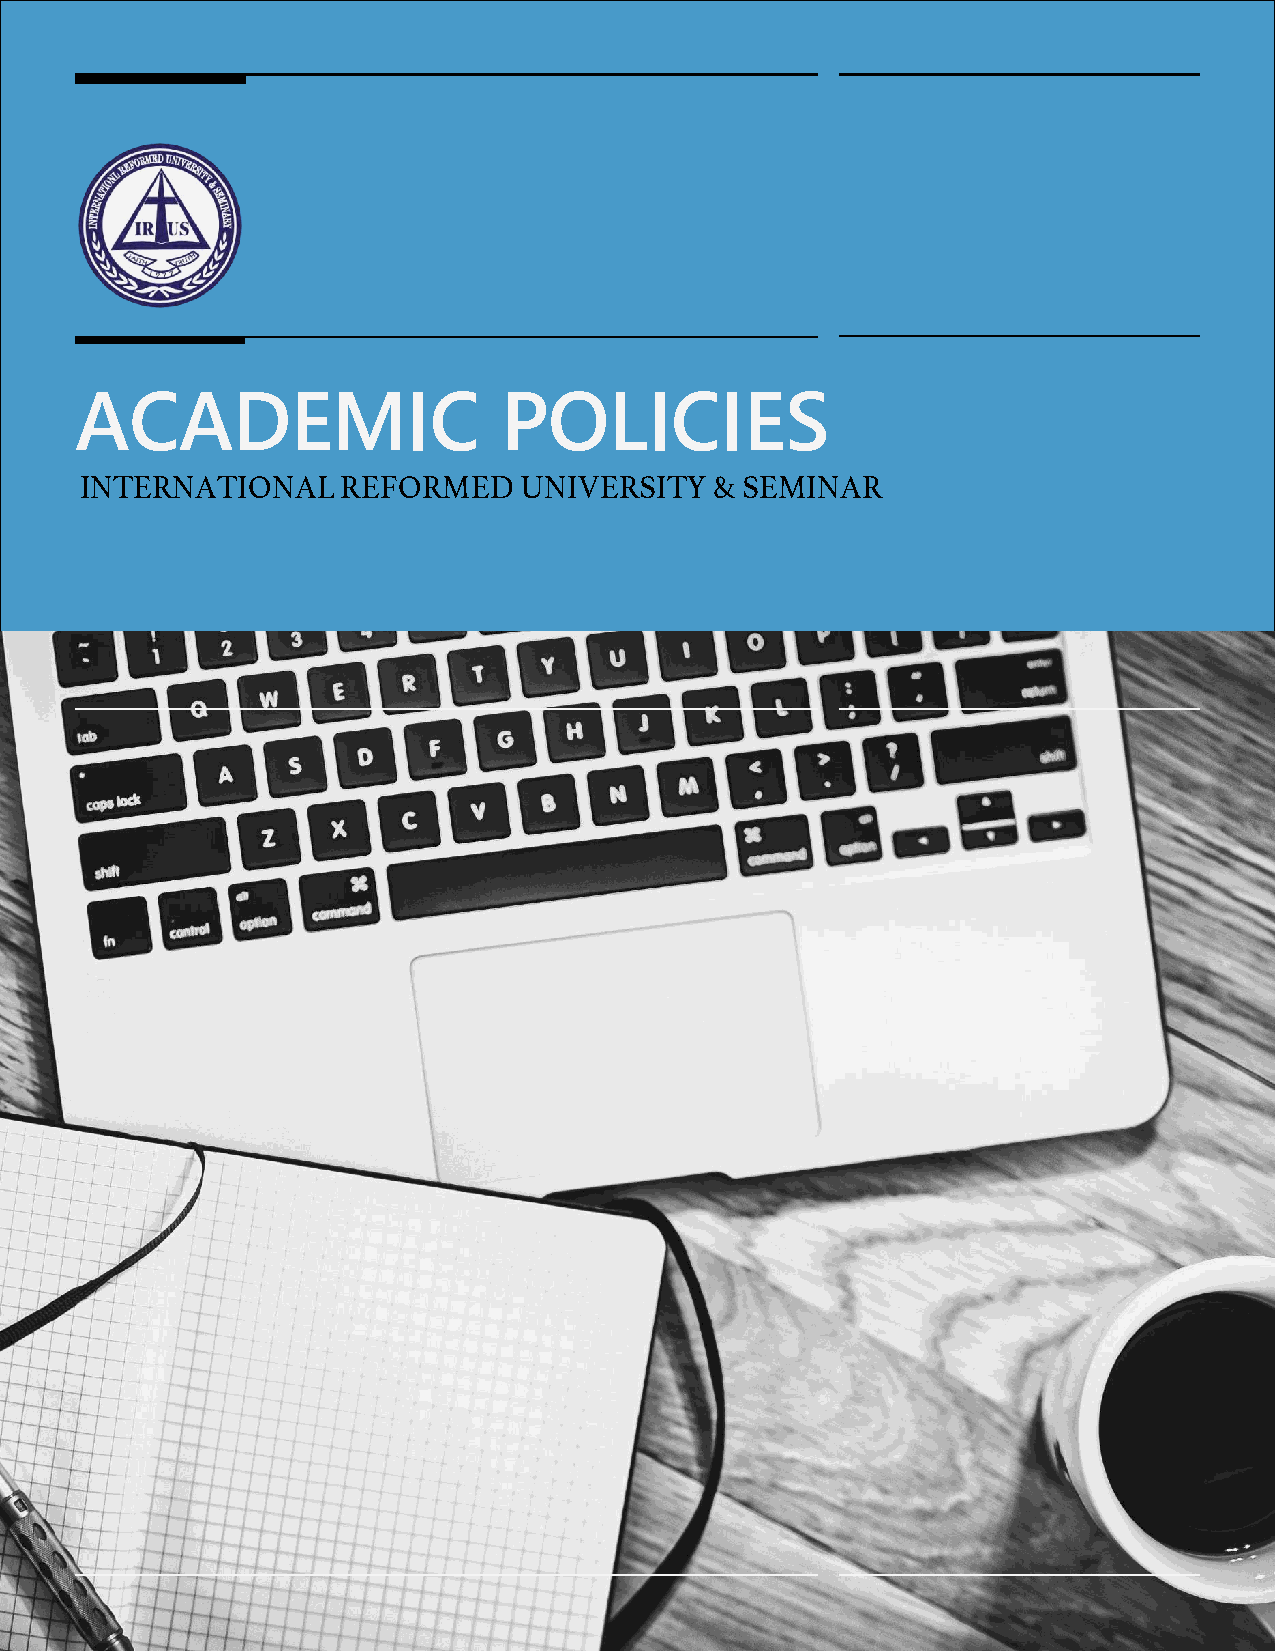
ACADEMIC                    POLICIES
 INTERNATIONAL     REFORMED    UNIVERSITY  & SEMINAR